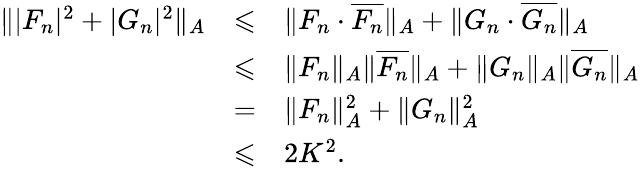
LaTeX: \begin{array}{lcl}{\| |F_{n}|^{2}+|G_{n}|^{2}\| _{A}}&{\leqslant}&{\| F_{n}\cdot\overline{{F_{n}}}\| _{A}+\| G_{n}\cdot\overline{{G_{n}}}\| _{A}}\\ &{\leqslant}&{\| F_{n}\| _{A}\| \overline{{F_{n}}}\| _{A}+\| G_{n}\| _{A}\| \overline{{G_{n}}}\| _{A}}\\ &{=}&{\| F_{n}\| _{A}^{2}+\| G_{n}\| _{A}^{2}}\\ &{\leqslant}&{2K^{2}.}\end{array}